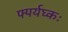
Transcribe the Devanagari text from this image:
फ्पर्यघ्कः